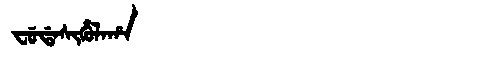
Manchu: ᠸᡠᡩᠠᠰᡳᡥᡠᠯᠠᡥᠠ
Romanization: FUDASIHULAHA